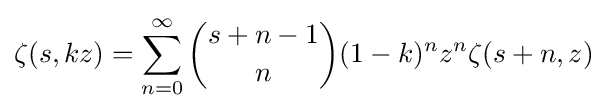
\zeta (s,kz)=\sum _{n=0}^{\infty }{s+n-1 \choose n}(1-k)^{n}z^{n}\zeta (s+n,z)